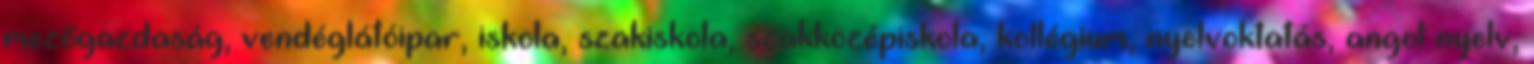
mezőgazdaság, vendéglátóipar, iskola, szakiskola, szakközépiskola, kollégium, nyelvoktatás, angol nyelv,